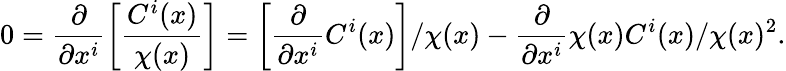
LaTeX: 0=\frac{\partial}{\partial x^{i}}\left[\frac{C^{i}(x)}{\chi(x)}\right]=\left[\frac{\partial}{\partial x^{i}}C^{i}(x)\right]/\chi(x)-\frac{\partial}{\partial x^{i}}\chi(x)C^{i}(x)/\chi(x)^{2}.